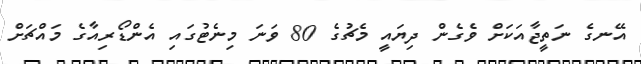
އޭނގެ ނަތީޖާއަކަށް ވެގެން ދިޔައީ މެޗުގެ 80 ވަނަ މިނެޓުގައި އެންޑޯރިއާގެ މައްޗަށް